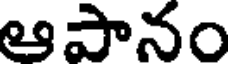
ఆపానం